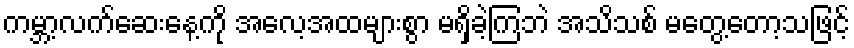
ကမ္ဘာ့လက်ဆေးနေ့ကို အလေ့အထများစွာ မရှိခဲ့ကြဘဲ အသိသစ် မတွေ့တော့သဖြင့်